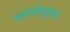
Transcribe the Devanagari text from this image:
बाईनोक्यूलर्स